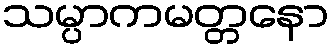
သမ္ပာကမတ္တနော